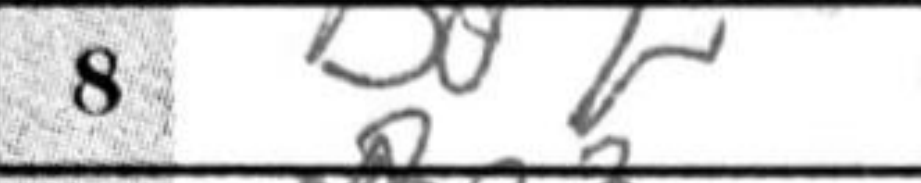
Transcription: Bd2